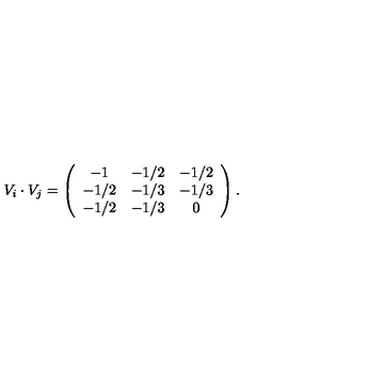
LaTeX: V _ { i } \cdot V _ { j } = \left( \begin{array} { c c c } { - 1 } & { - 1 / 2 } & { - 1 / 2 } \\ { - 1 / 2 } & { - 1 / 3 } & { - 1 / 3 } \\ { - 1 / 2 } & { - 1 / 3 } & { 0 } \\ \end{array} \right) .